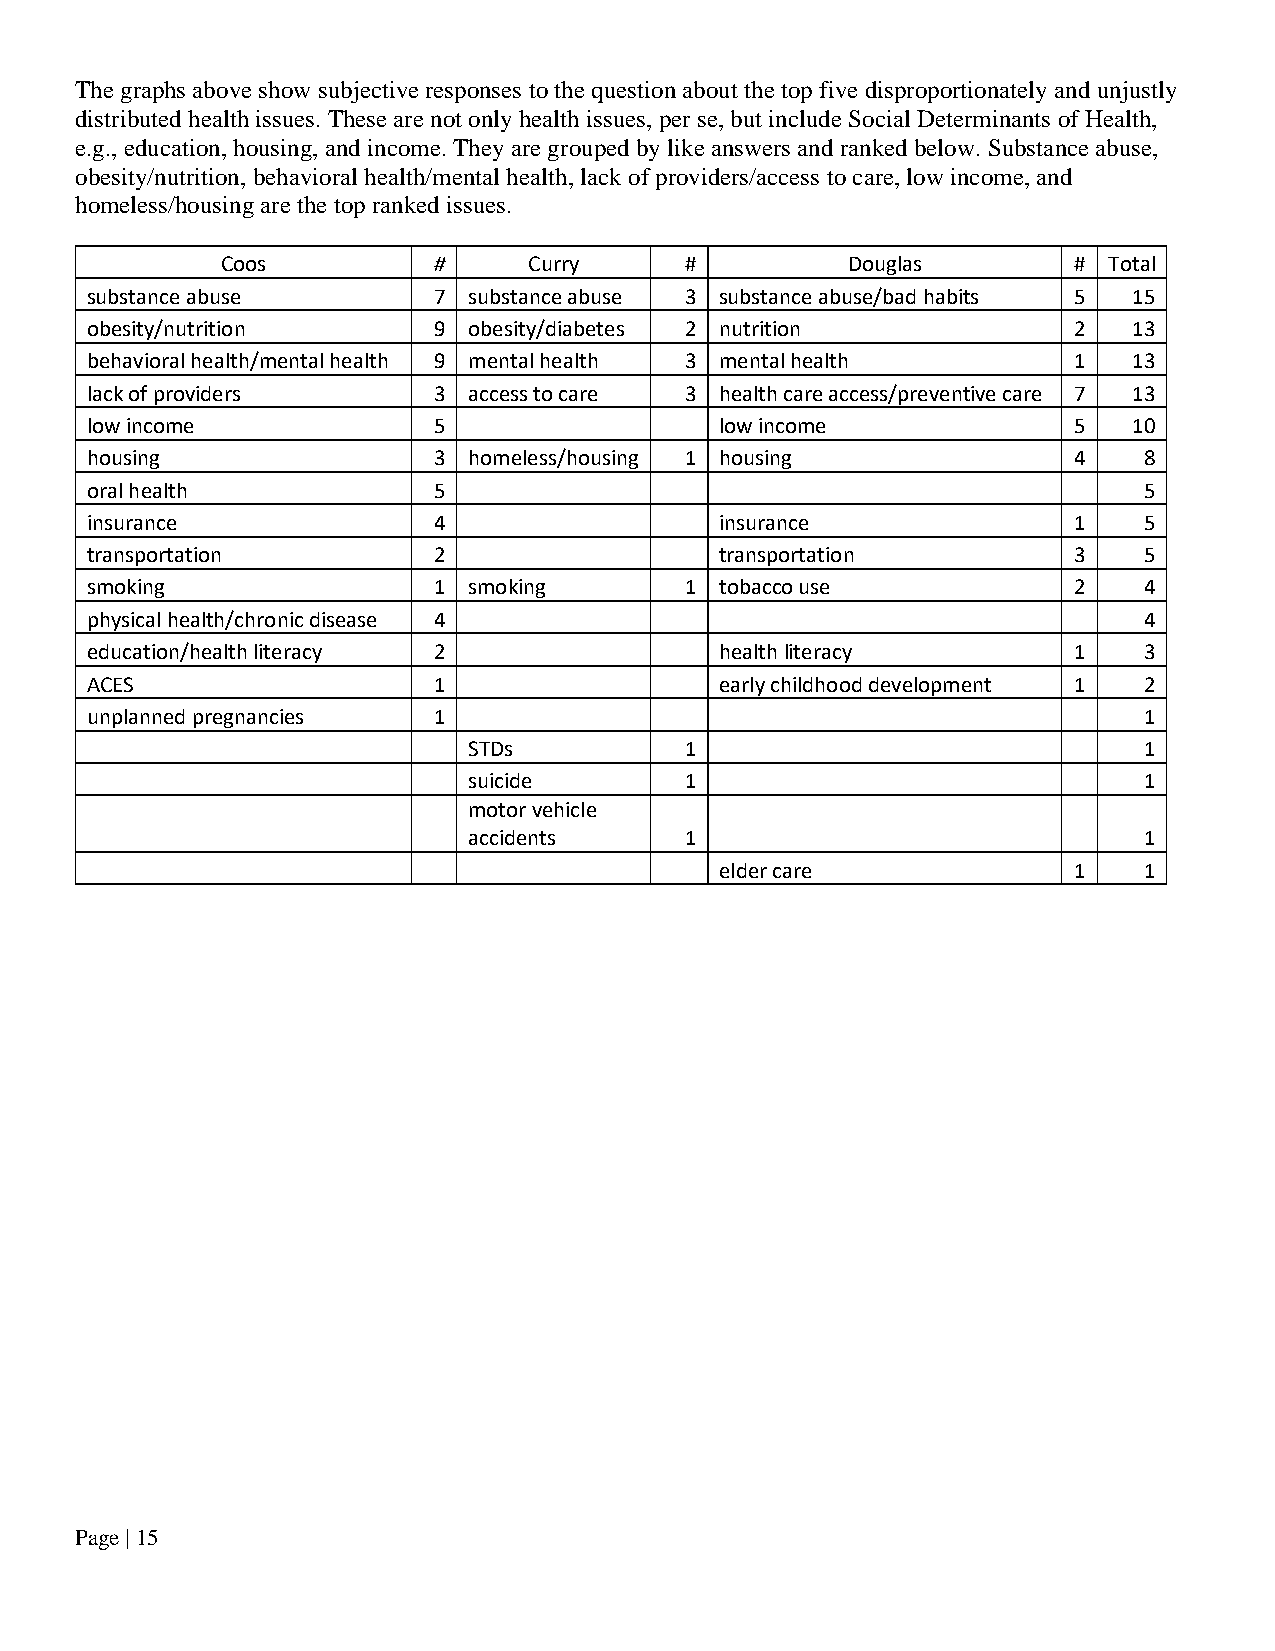
The graphs above show subjective responses to the question about the top five disproportionately and unjustly
 distributed health issues. These are not only health issues, per se, but include Social Determinants of Health,
 e.g., education, housing, and income. They are grouped by like answers and ranked below. Substance abuse,
 obesity/nutrition, behavioral health/mental health, lack of providers/access to care, low income, and
 homeless/housing are the top ranked issues.
 Coos          #     Curry     #          Douglas        # Total
 substance abuse        7 substance abuse 3 substance abuse/bad habits 5 15
 obesity/nutrition      9 obesity/diabetes 2 nutrition            2   13
 behavioral health/mental health 9 mental health 3 mental health  1   13
 lack of providers      3 access to care 3 health care access/preventive care 7 13
 low income             5                  low income             5   10
 housing                3 homeless/housing 1 housing              4    8
 oral health            5                                              5
 insurance              4                  insurance              1    5
 transportation         2                  transportation         3    5
 smoking                1 smoking       1  tobacco use            2    4
 physical health/chronic disease 4                                     4
 education/health literacy 2               health literacy        1    3
 ACES                   1                  early childhood development 1 2
 unplanned pregnancies  1                                              1
 STDs          1                              1
 suicide       1                              1
 motor vehicle
 accidents     1                              1
 elder care             1    1
 Page | 15